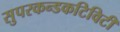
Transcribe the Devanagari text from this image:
सुपरकन्डकटिविटी